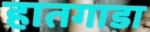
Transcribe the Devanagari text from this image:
हातगाडा